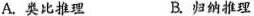
A.类比推理 B.归纳推理